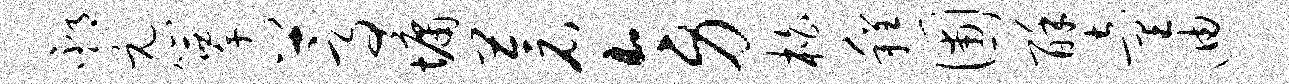
邳元簟蒿墉苍旁柏程圃酥童迪